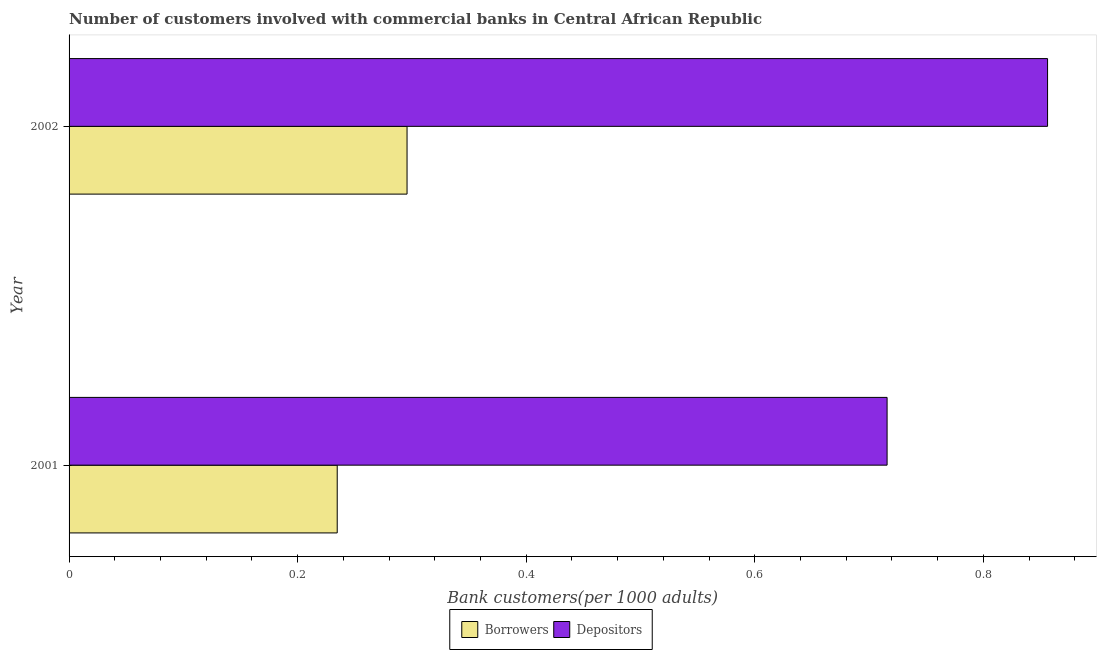
| Year | Borrowers | Depositors |
 | --- | --- | --- |
 | 2001 | 0.235 | 0.716 |
 | 2002 | 0.296 | 0.856 |